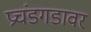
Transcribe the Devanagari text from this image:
प्रचंडगडावर